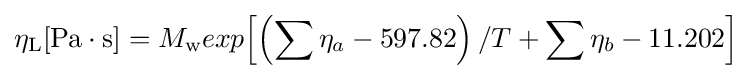
\eta _{\text{L}}[{\text{Pa}}\cdot {\text{s}}]=M_{\text{w}}exp{\left[\left(\sum \eta _{a}-597.82\right)/T+\sum \eta _{b}-11.202\right]}